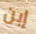
إبن